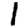
Digit: 1